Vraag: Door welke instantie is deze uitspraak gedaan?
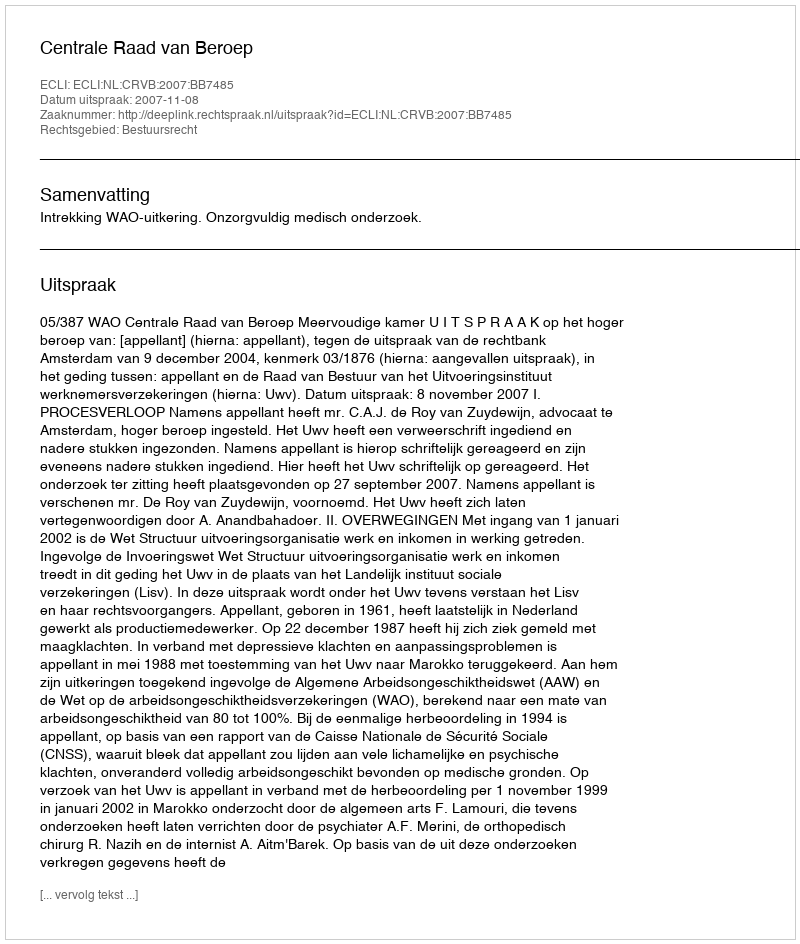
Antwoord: Centrale Raad van Beroep